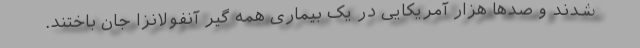
شدند و صدها هزار آمریکایی در یک بیماری همه گیر آنفولانزا جان باختند.